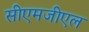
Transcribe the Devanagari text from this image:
सीएमजीएल